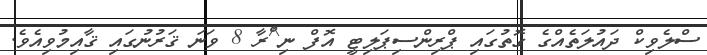
ސްލެވިކް ދައުލަތެއްގެ ގޮތުގައި ޕްރިންސިޕަލިޓީ އޮފް ނި^ްރާ 8 ވަނަ ޤަރުނުގައި ޤާއިމުވިއެވެ.